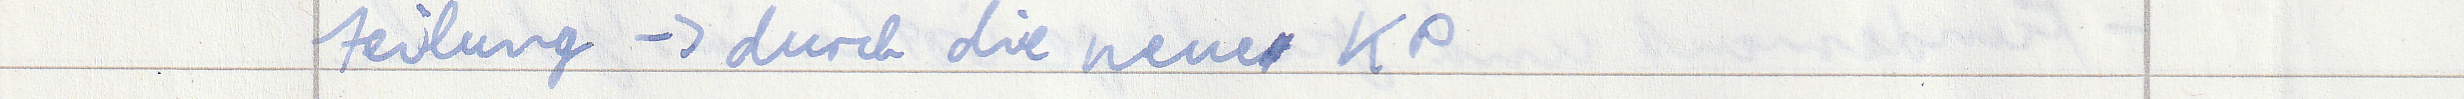
teilung -> durch die neue KP